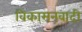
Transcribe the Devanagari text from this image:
विकासनवादी